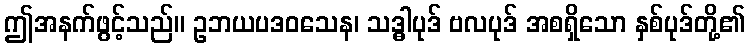
ဤအနက်ဖွင့်သည်။ ဥဘယပဒဝသေန၊ သဒ္ဓါပုဒ် ဗလပုဒ် အစရှိသော နှစ်ပုဒ်တို့၏